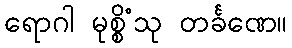
ရောဂါ မုစ္စိံသု တင်္ခဏေ။